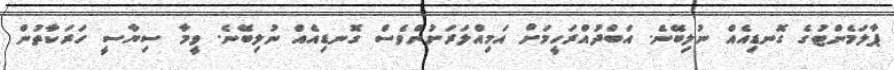
ޕާލަމެންޓުގެ ގޮނޑިއެއް ނުލިބޭނެ. އަބްދުއްރަހީމަށް އަމިއްލަރަށުންވެސް ގޮނޑިއެއް ނުލިބޭނެ. ވީމާ ސިޔާސީ ހަރަކާތުން